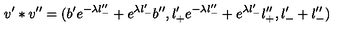
v ^ { \prime } * v ^ { \prime \prime } = ( b ^ { \prime } e ^ { - \lambda l _ { - } ^ { \prime \prime } } + e ^ { \lambda l _ { - } ^ { \prime } } b ^ { \prime \prime } , l _ { + } ^ { \prime } e ^ { - \lambda l _ { - } ^ { \prime \prime } } + e ^ { \lambda l _ { - } ^ { \prime } } l _ { + } ^ { \prime \prime } , l _ { - } ^ { \prime } + l _ { - } ^ { \prime \prime } )